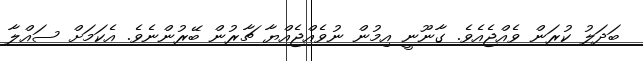
ބަދަލު ކުރަން ވެއްޖެއެވެ. ގާނޫނީ އިމުން ނުވެއްޖެއްޔާ ޗާރުން ބޭރުންނެވެ. އެކަމަށް ސައްލާ